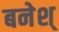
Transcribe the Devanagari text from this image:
बनेश्